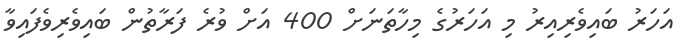
އަހަރު ބައިވެރިއިރު މި އަހަރުގެ މިހާތަނަށް 400 އަށް ވުރެ ފަރާތުން ބައިވެރިވެފައިވާ